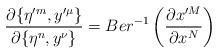
LaTeX: \begin{align*}\frac{\partial \{\eta'^m,y'^\mu\}}{\partial \{\eta^n,y^\nu\}} =Ber^{-1}\left(\frac{\partial x'^M}{\partial x^N}\right)\end{align*}